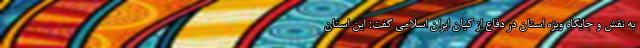
به نقش و جایگاه ویژه استان در دفاع از کیان ایران اسلامی گفت: این استان